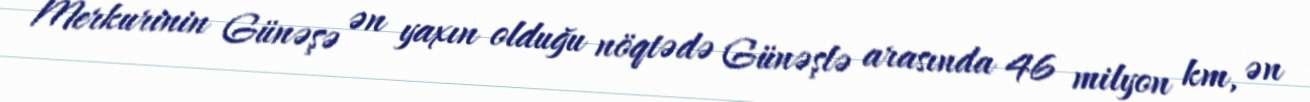
Merkurinin Günəşə ən yaxın olduğu nöqtədə Günəşlə arasında 46 milyon km, ən